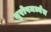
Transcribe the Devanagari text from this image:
युरोपमध्येच